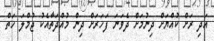
އަދި ރަށް ކުއްޔަށް ދިނުމަށް ދެވަނަ ފަހަރަށް ދިން މުއްދަތާއެކު ޖުމްލަ ހަތް